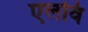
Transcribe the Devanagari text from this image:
एलवि